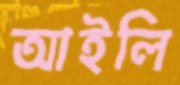
আইলি